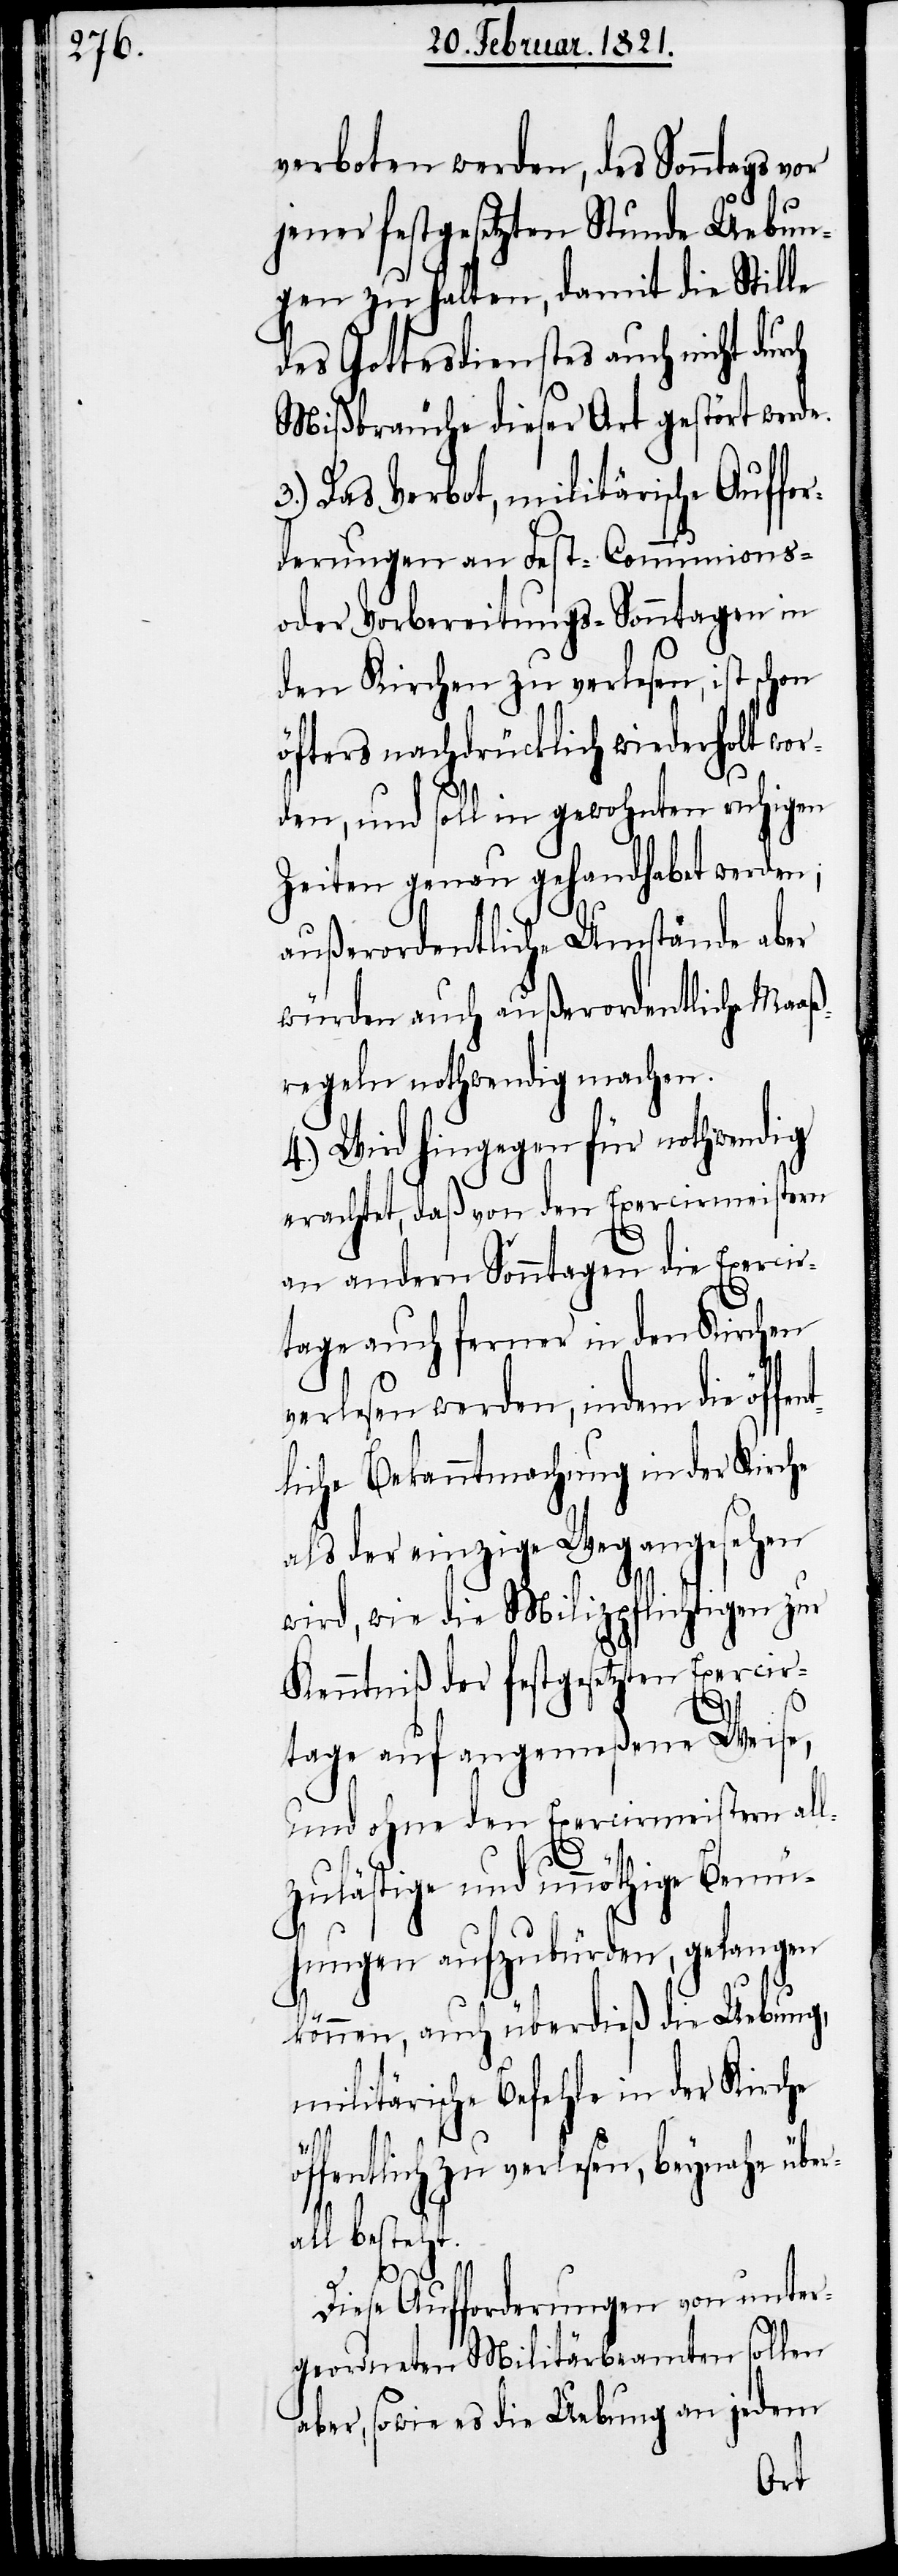
verboten werden, des Sonntags vor
jener festgesetzten Stunde Uebun¬
gen zu halten, damit die Stille
des Gottesdienstes auch nicht durch
Mißbräuche dieser Art gestört werde.
3.) Das Verbot, militärische Auffo¬
rderungen an Fest- Communions-
oder Vorbereitungs-Sonntagen in
den Kirchen zu verlesen, ist schon
öfters nachdrücklich wiederholt wor¬
den, und soll in gewohnten ruhigen
Zeiten genau gehandhabet werden;
außerordentliche Umstände aber
würden auch außerordentliche Maaß¬
regeln nothwendig machen.
4.) Wird hingegen für nothwendig
erachtet, daß von den Exerciermeistern
an andern Sonntagen die Exercier¬
tage auch ferner in den Kirchen
verlesen werden, indem die öf¬
liche Bekanntmachung in der Kirche
als der einzige Weg angesehen
wird, wie die Milizpflichtigen zur
Kenntniß der festgesetzten Exercir¬
tage auf angemeßene Weise,
und ohne den Exerciermeistern all¬
zulästige unnöthige Bemü¬
hungen aufzubürden, gelangen
können, auch überdieß die Uebung,
militärische Befehle in der Kirche
verlesen, beynahe
all besteht.
Diese Aufforderungen von unter¬
geordneten Militärbeamten sollen
aber, sowie es die Uebung an jedem
über¬